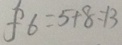
f 6 = 5 + 8 = 1 3